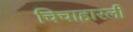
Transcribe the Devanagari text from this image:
चिचाहारली